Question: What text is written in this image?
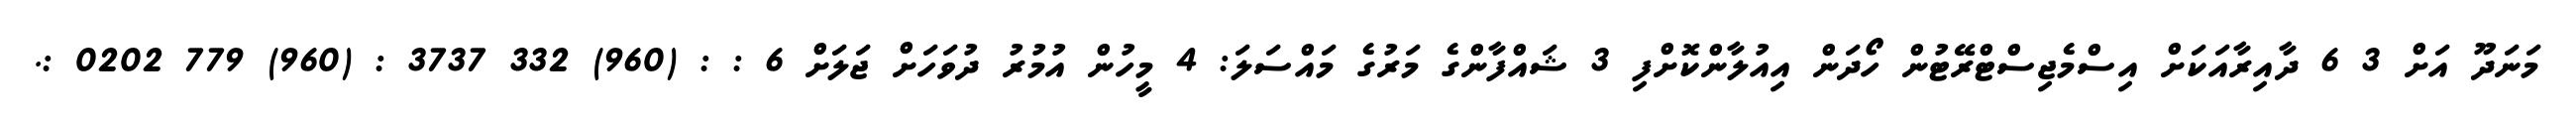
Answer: މަނަދޫ އަށް 3 6 ދާއިރާއަކަށް އިސްމެޖިސްޓްރޭޓުން ހޯދަން އިއުލާންކޮށްފި 3 ޝައްފާންގެ މަރުގެ މައްސަލަ: 4 މީހުން އުމުރު ދުވަހަށް ޖަލަށް 6 : : (960) 332 3737 : (960) 779 0202 :.